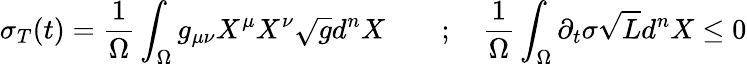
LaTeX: \sigma_{T}(t)=\frac{1}{\Omega}\int_{\Omega}g_{\mu\nu}X^{\mu}X^{\nu}\sqrt{g}d^{n}X\qquad;\quad\frac{1}{\Omega}\int_{\Omega}\partial_{t}\sigma\sqrt{L}d^{n}X\le 0